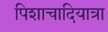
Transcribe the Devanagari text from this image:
पिशाचादियात्रा